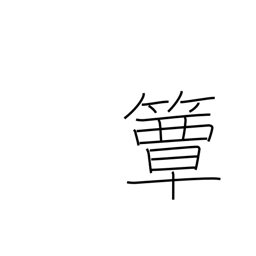
Meaning: round bamboo lunchbox